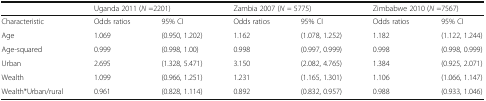
<table><thead><tr><td></td><td colspan="2"><b>Uganda 2011 (<i>N</i> =2201)</b></td><td colspan="2"><b>Zambia 2007 (<i>N = </i>5775)</b></td><td colspan="2"><b>Zimbabwe 2010 (<i>N</i> =7567)</b></td></tr></thead><tbody><tr><td>Characteristic</td><td>Odds ratios</td><td>95% CI</td><td>Odds ratios</td><td>95% CI</td><td>Odds ratios</td><td>95% CI</td></tr><tr><td>Age</td><td>1.069</td><td>(0.950, 1.202)</td><td>1.162</td><td>(1.078, 1.252)</td><td>1.182</td><td>(1.122, 1.244)</td></tr><tr><td>Age-squared</td><td>0.999</td><td>(0.998, 1.00)</td><td>0.998</td><td>(0.997, 0.999)</td><td>0.998</td><td>(0.998, 0.999)</td></tr><tr><td>Urban</td><td>2.695</td><td>(1.328, 5.471)</td><td>3.150</td><td>(2.082, 4.765)</td><td>1.384</td><td>(0.925, 2.071)</td></tr><tr><td>Wealth</td><td>1.099</td><td>(0.966, 1.251)</td><td>1.231</td><td>(1.165, 1.301)</td><td>1.106</td><td>(1.066, 1.147)</td></tr><tr><td>Wealth*Urban/rural</td><td>0.961</td><td>(0.828, 1.114)</td><td>0.892</td><td>(0.832, 0.957)</td><td>0.988</td><td>(0.933, 1.046)</td></tr></tbody></table>